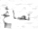
نصائح